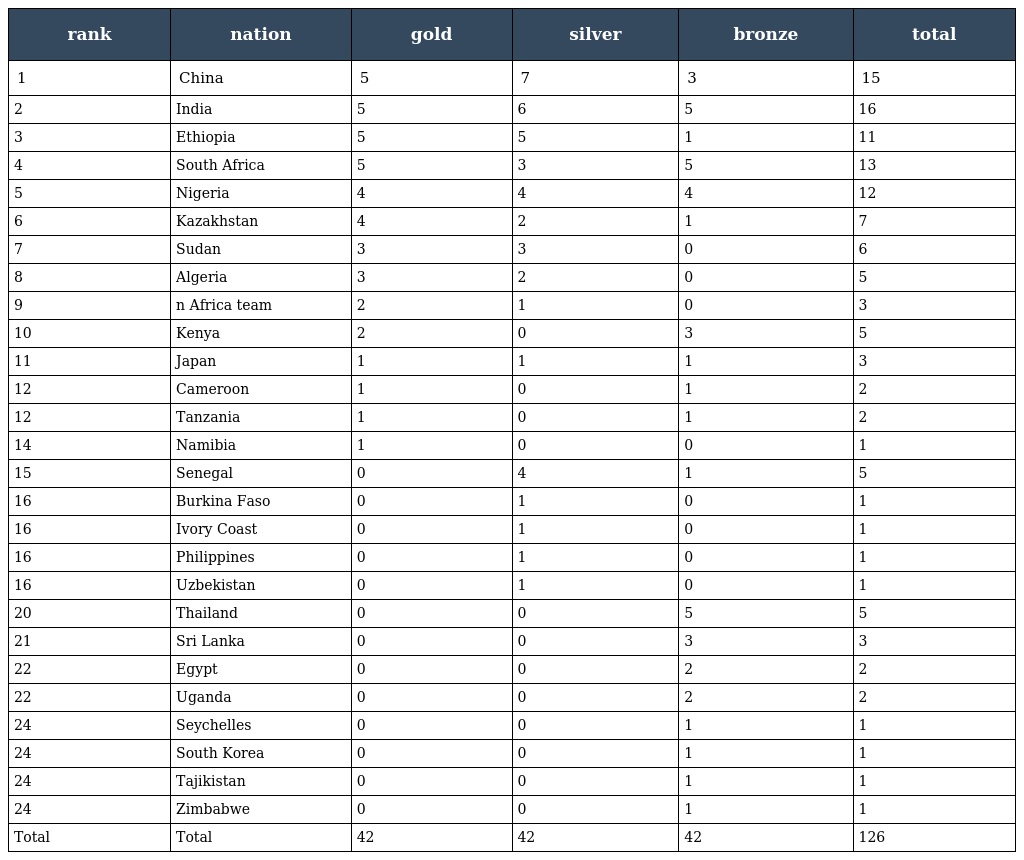
| rank | nation | gold | silver | bronze | total |
 | --- | --- | --- | --- | --- | --- |
 | 1 | China | 5 | 7 | 3 | 15 |
 | 2 | India | 5 | 6 | 5 | 16 |
 | 3 | Ethiopia | 5 | 5 | 1 | 11 |
 | 4 | South Africa | 5 | 3 | 5 | 13 |
 | 5 | Nigeria | 4 | 4 | 4 | 12 |
 | 6 | Kazakhstan | 4 | 2 | 1 | 7 |
 | 7 | Sudan | 3 | 3 | 0 | 6 |
 | 8 | Algeria | 3 | 2 | 0 | 5 |
 | 9 | n Africa team | 2 | 1 | 0 | 3 |
 | 10 | Kenya | 2 | 0 | 3 | 5 |
 | 11 | Japan | 1 | 1 | 1 | 3 |
 | 12 | Cameroon | 1 | 0 | 1 | 2 |
 | 12 | Tanzania | 1 | 0 | 1 | 2 |
 | 14 | Namibia | 1 | 0 | 0 | 1 |
 | 15 | Senegal | 0 | 4 | 1 | 5 |
 | 16 | Burkina Faso | 0 | 1 | 0 | 1 |
 | 16 | Ivory Coast | 0 | 1 | 0 | 1 |
 | 16 | Philippines | 0 | 1 | 0 | 1 |
 | 16 | Uzbekistan | 0 | 1 | 0 | 1 |
 | 20 | Thailand | 0 | 0 | 5 | 5 |
 | 21 | Sri Lanka | 0 | 0 | 3 | 3 |
 | 22 | Egypt | 0 | 0 | 2 | 2 |
 | 22 | Uganda | 0 | 0 | 2 | 2 |
 | 24 | Seychelles | 0 | 0 | 1 | 1 |
 | 24 | South Korea | 0 | 0 | 1 | 1 |
 | 24 | Tajikistan | 0 | 0 | 1 | 1 |
 | 24 | Zimbabwe | 0 | 0 | 1 | 1 |
 | Total | Total | 42 | 42 | 42 | 126 |